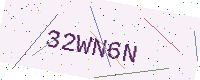
Text: 32WN6N